Vital statistics of India. Vol. VI, European troops 1870-79
Year: 1870
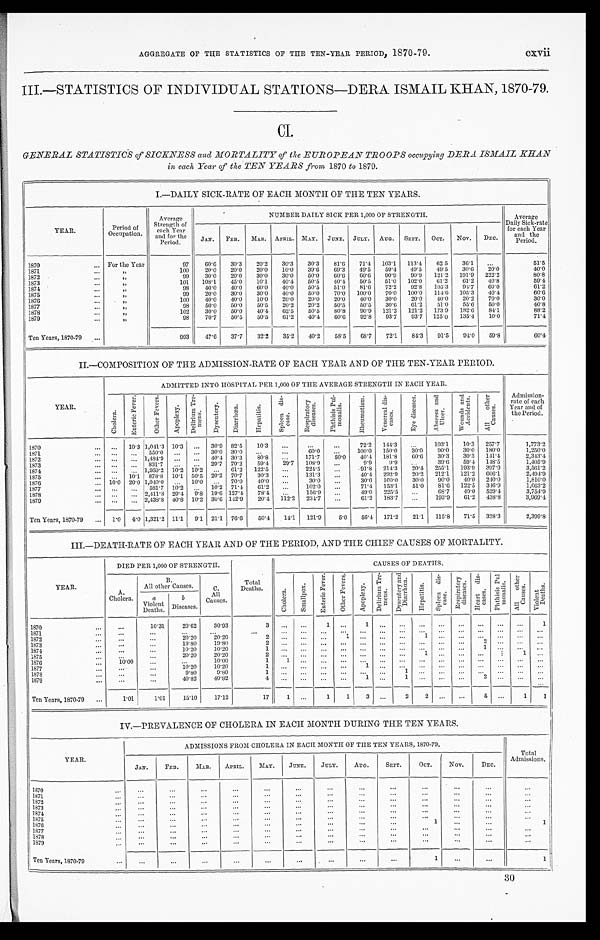
AGGREGATE OF THE STATISTICS OF THE TEN–YEAR PERIOD, 1870-79.
cxvii
III.—STATISTICS OF INDIVIDUAL STATIONS—DERA ISMAIL KHAN, 1870-79.
CI.
GENERAL STATISTICS of SICKNESS and MORTALITY of the EUROPEAN TROOPS occupying DERA ISMAIL KHAN
in each Year of the TEN YEARS from 1870 to 1879.
I.—DAILY SICK-RATE OF EACH MONTH OF THE TEN YEARS.
YEAR.
Period of
Occupation.
Average
Strength of
each Year
and for the
Period.
NUMBER DAILY SICK PER 1,000 OF STRENGTH.
Average
Daily Sick-rate
for each Year
and the
Period.
JAN. FEB. MAR. APRIL. MAY. JUNE. JULY. AUG. SEPT. OCT. NOV. DEC.
1870
For the Year
97 60.6 30.3 20.2 30.3 30.3 81.6 71.4 103.1 113.4 62.5 36.1
51.5
1871
„
100 20.0 20.0 20.0 10.0 39.6 69.3 49.5 59.4 49.5 49.5 30.6 20.0
4 0 . 0
1872
„
99 30.0 20.0 30.0 30.0 50.0 60.6 60.6 90.9 90.9 121.2 191.9 222.2
8 0 . 8
1873
„
101 108.1 45.0 10.1 40.4 50.5 40.4 50.5 51.0 102.0 61.2 61.2 40.8
5 9 . 4
1874
„
98 40.0 40.0 60.0 40.0 50.5 51.0 81.6 72.2 92.8 105.3 94.7 60.0
61.2
1875
„
99 20.0 30.0 30.0 40.0 50.0 70.0 100.0 70.0 100.0 114.6 105.3 40.4
6 0 . 6
1876
„
100 40.0 40.0 10.0 20.0 20.0 20.0 40.0 30.0 20.0 40.0 20.2 70.0
3 0 . 0
1877
„
98 50.0 50.0 50.5 20.2 20.2 50.5 50.5 30.6 61.2 51.0 55.6 50.0
4 0 . 8
1878
„
102 30.0 50.0 40.4 62.5 50.5 80.8 90.9 121.2 121.2 173.9 182.6 84.1
8 8 . 2
1879
„
98 70.7 50.5 50.5 61.2 40.4 60.6 92.8 93.7 93.7 125.0 135.4 10.0
7 1 . 4
Ten Years, 1870-79
993 47.6 37.7 32.2 35.2 40.2 58.5
6 8 . 7 72.1 84.3 91.5 94.0 59.8
6 0 . 4
II.—COMPOSITION OF THE ADMISSION-RATE OF EACH YEAR AND OF THE TEN-YEAR PERIOD.
YEAR.
ADMITTED INTO HOSPITAL PER 1,000 OF THE AVERAGE STRENGTH IN EACH YEAR.
Admission-
rate of each
Year and of
the Period.
C h o l e r a .
E n t e r i c F e v e r .
O t h e r F e v e r s .
A p o p l e x y .
D e l i r i u m T r e -
m e n s .
D y s e n t e r y .
D i a r r h œ a .
H e p a t i t i s .
S p l e e n d i s -
e a s e .
R e s p i r a t o r y
d i s e a s e s .
P h t h i s i s P u l -
m o n a l i s .
R h e u m a t i s m .
V e n e r e a l d i s -
e a s e s .
E y e d i s e a s e s . A b s c e s s a n d
U l c e r .
W o u n d s a n d
A c c i d e n t s .
A l l o t h e r
C a u s e s .
1870
10.3 1,041.3 10.3
30.9 82.5 10.3
72.2 144.3
103.1 10.3 257.7
1,773.2
1871
550.0
30.0 30.0
60.0
100.0 150.0 30.0 90.0 30.0 180.0
1 , 2 5 0 . 0
1872
1,484.9
40.4 30.3 80.8
171.7 50.0 40.4 181.8 60.6 30.3 30.3 141.4
2 , 3 4 3 . 4
1873
831.7
29.7 79.2 59.4 29.7 108.9
9.9 9.9
39.6 59.4 148.5
1 , 4 0 5 . 9
1874
1,959.2 10.2 10.2
61.2 122.5
224.5
91.8 214.3 20.4 255.1 193.9 397.9
3,561.2
1875
10.1 8 7 8 . 8
10.1 50.5 20.2 70.7 30.3
131.3
40.4 292.9 20.2 212.1 121.2 606. 1
2 , 4 9 4 . 9
1876
10.0 20.0 1,040.0
10.0
70.0 40.0
30.0
30.0 160.0 30.0 90.0 40.0 240.0
1 , 8 1 0 . 0
1877
581.7 10.2
10.2 71.4 61.2
102.0
71.4 153.1 51.0 81.6 122.5 346.9
1 , 6 6 3 . 2
1878
2,411.8
2 9 . 4 9.8 19.6 127.4 78.4
156.9
49.0 225.5
68.7 49.0 529.4
3 , 7 5 4 . 9
1879
2,438.8 40.8 10.2 30.6 142.9 20.4 112.2 234.7
61.2 183.7
193.9
6 1 . 2 438.8
3 , 9 6 9 . 4
Ten Years, 1870-79
1.0 4.0 1,321.2 11.1 9.1 21.1 76.6 50.4 14.1 121.9 5.0 56.4 171.2 21.1 115.8 71.5 328.3
2 , 3 9 9 . 8
III.—DEATH-RATE OF EACH YEAR AND OF THE PERIOD, AND THE CHIEF CAUSES OF MORTALITY.
YEAR.
DIED PER 1,000 OF STRENGTH.
Total
Deaths.
CAUSES OF DEATHS.
A.
Cholera.
B. All other Causes.
C.
All
Causes .
C h o l e r a .
S m a l l p o x . E n t e r i c F e v e r .
O t h e r F e v e r s .
A p o p l e x y .
D e l i r i u m T r e -
m e n s . D y s e n t e r y a n d
D i a r r h œ a .
H e p a t i t i s .
S p l e e n d i s -
ease. R e s p i r a t o r y
d i s e a s e s .
H e a r t d i s -
e a s e s . P h t h i s i s P u l
mo n a l i s . A l l o t h e r
C a u s e s .
V i o l e n t
D e a t h s .
a
Violent Deaths.
b
Diseases.
1870
10.31 20.62 30.93
3
1
1
1
1871 1872
20.20 20.20
2
1
1
1873
19.80 19.80
2
2
1874
10.20 10.20
1
1
1875
20.20 20.20
2
1
1
1876
10.00
10.00
1 1
1877
10.20 10.20
1
1
1878
9.80
9.80
1
1
1879
40.82 40.82
4
1
1
2
Ten Years, 1870-79
1.01 1.01 15.10 17.12
17 1
1 1 3
2 2
5
1 1
IV.—PREVALENCE OF CHOLERA IN EACH MONTH DURING THE TEN YEARS.
YEAR.
ADMISSIONS FROM CHOLERA IN EACH MONTH OF THE TEN YEARS, 1870-79.
Total
Admissions.
JAN. FEB. MAR. APRIL. MAY. JUNE. JULY. AUG. SEPT. OCT. N O V .
DEC.
1870 1871
1872 1873
1874 1875 1876
1
1
1877 1878 1879
Ten Years, 1870-79
1
1
30